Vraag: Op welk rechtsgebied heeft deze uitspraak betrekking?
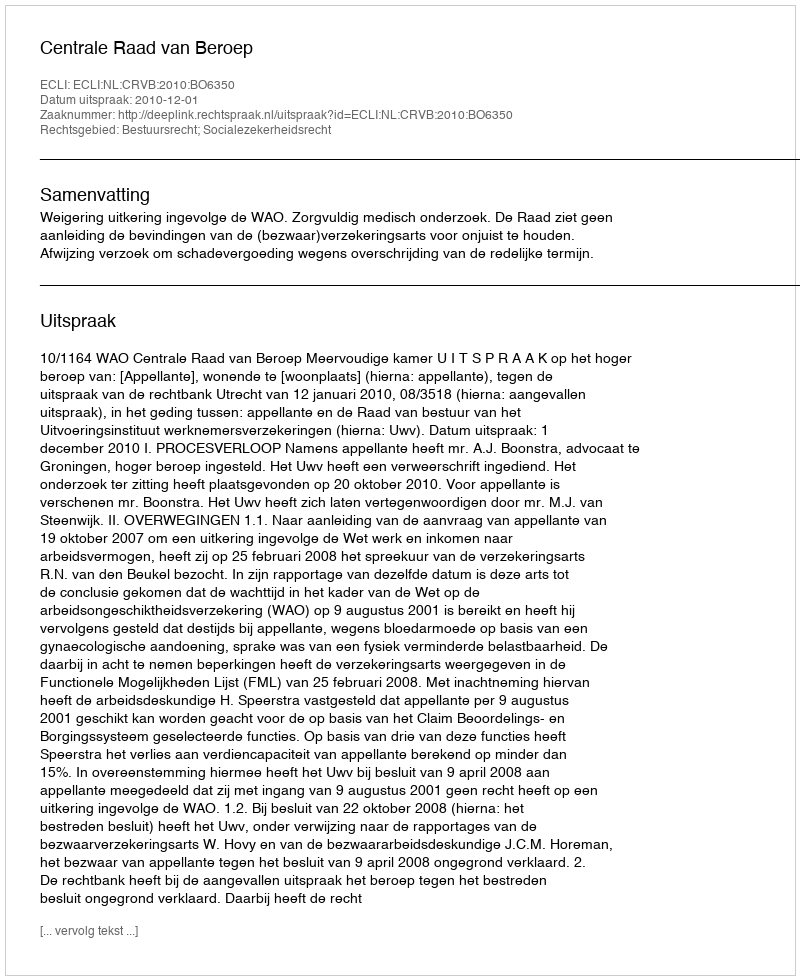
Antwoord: Bestuursrecht; Socialezekerheidsrecht